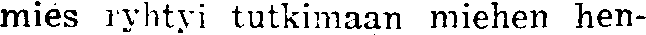
mies ryhtyi tutkimaan miehen hen-